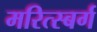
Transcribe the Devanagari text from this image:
मरित्स्बर्ग